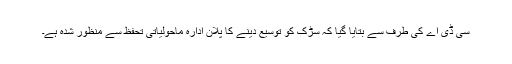
سی ڈی اے کی طرف سے بتایا گیا کہ سڑک کو توسیع دینے کا پلان ادارہ ماحولیاتی تحفظ سے منظور شدہ ہے۔